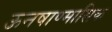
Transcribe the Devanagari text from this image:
ऊनषाण्मासिक